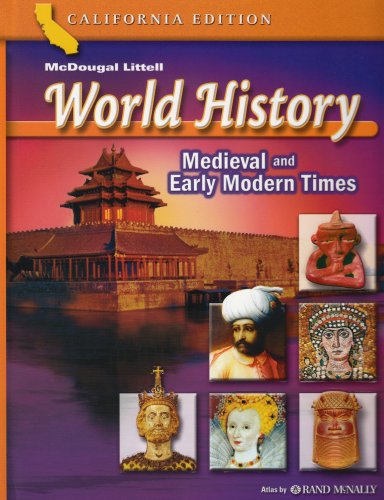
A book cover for World History: Medieval and Early Modern Times, Grade 7; Douglas Carnine; Teen & Young Adult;